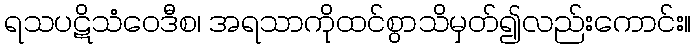
ရသပဋိသံဝေဒီစ၊ အရသာကိုထင်စွာသိမှတ်၍လည်းကောင်း။